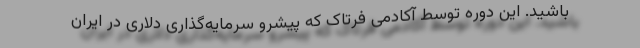
باشید. این دوره توسط آکادمی فرتاک که پیشرو سرمایه‌گذاری دلاری در ایران